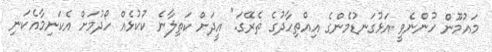
މައުމޫން ހުންނެވީ އަޅުގަނޑުމެންގެ އިއްތިހާދުގެ ތެރޭގަ." އީދަށް ކަތިލާނެ ކުކުޅެއް ހޯދުމަށް އެކަނިމާއެކަނި